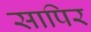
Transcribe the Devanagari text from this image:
सापिर